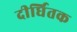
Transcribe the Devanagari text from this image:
दीर्घितक